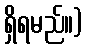
ရှိရမည်။)